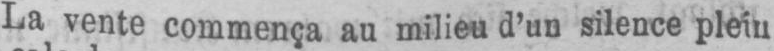
La vente commença au milieu d’un silence plein